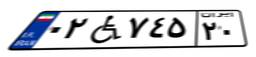
۰۲W۷۴۵۲۰